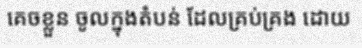
គេចខ្លួន ចូលក្នុងតំបន់ ដែលគ្រប់គ្រង ដោយ